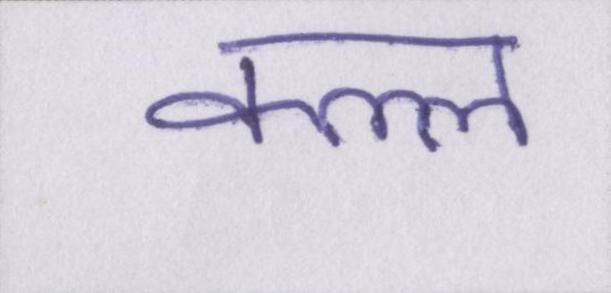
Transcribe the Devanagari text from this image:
कत्ल